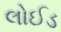
લોઈડ